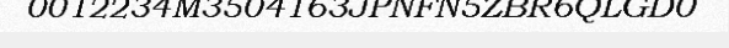
0012234M3504163JPNFN5ZBR6QLGD0